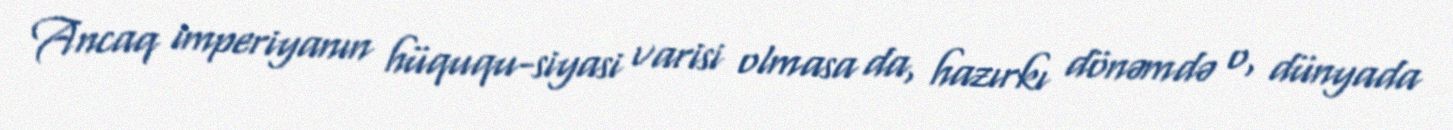
Ancaq imperiyanın hüququ-siyasi varisi olmasa da, hazırkı dönəmdə o, dünyada